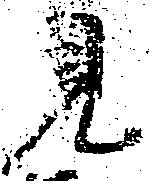
見